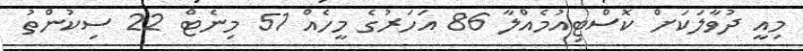
މިއީ ދުވާލަކަށް ކޮސްޓިއުމެއްލާ 86 އަހަރުގެ މީހެއް 51 މިނެޓް 22 ސިކުންތު